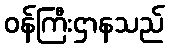
ဝန်ကြီးဌာနသည်